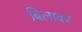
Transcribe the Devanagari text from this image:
बिलावर